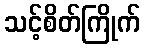
သင့်စိတ်ကြိုက်